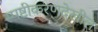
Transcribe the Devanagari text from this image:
स्पष्टीकरणदेखील